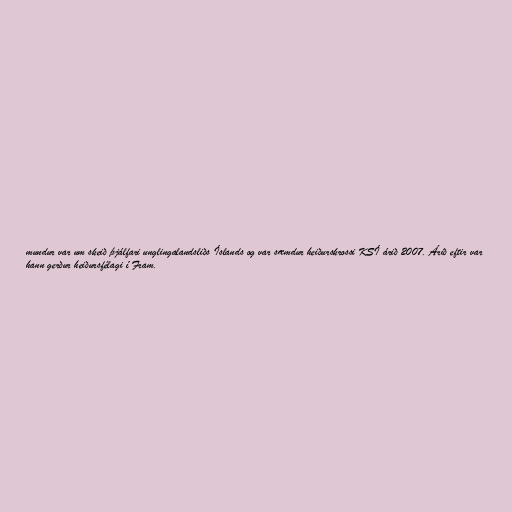
mundur var um skeið þjálfari unglingalandsliðs Íslands og var sæmdur heiðurskrossi KSÍ árið 2007. Árið eftir var
hann gerður heiðursfélagi í Fram.